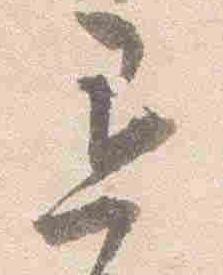
退